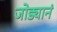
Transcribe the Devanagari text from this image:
जोड्यानं